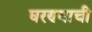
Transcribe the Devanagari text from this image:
घरण्याची